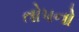
તોપનો